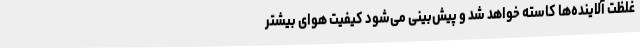
غلظت آلاینده‌ها کاسته خواهد شد و پیش‌بینی می‌شود کیفیت هوای بیشتر